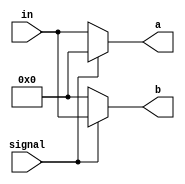
module demultiplexer(input [15:0] in,
                    input signal,//If the signal is 0, choose a, if 1, choose b.
                    output reg [15:0] a,b);
    always @(*) begin
        if(signal == 1'b0)begin
            a <= in;
            b <= 0;
        end else begin
            a <= 0;
            b <= in;
        end 
    end
endmodule